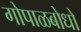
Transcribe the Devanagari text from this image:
गोपाळबोधो